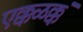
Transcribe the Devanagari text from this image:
एक्कळक्कं